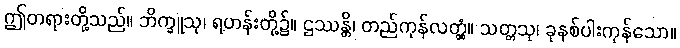
ဤတရားတို့သည်။ ဘိက္ခူသု၊ ရဟန်းတို့၌။ ဌဿန္တိ၊ တည်ကုန်လတ္တံ့။ သတ္တသု၊ ခုနစ်ပါးကုန်သော။